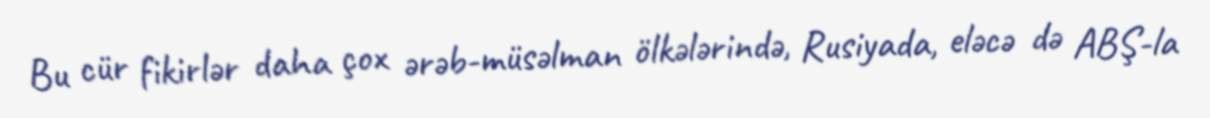
Bu cür fikirlər daha çox ərəb-müsəlman ölkələrində, Rusiyada, eləcə də ABŞ-la